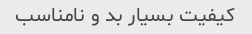
کیفیت بسیار بد و نامناسب